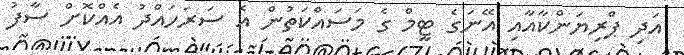
އަދި ޕްރިޔަންކާއާއި އޭނަގެ ޓީމް ގެ މަސައްކަތުން އެ ސަރަހައްދު އެއްކޮށް ސާފު